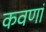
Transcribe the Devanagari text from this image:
कवणां